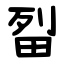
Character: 㽝